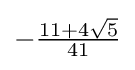
{\textstyle -{\frac {11+4{\sqrt {5}}}{41}}}